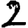
Digit: 2